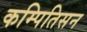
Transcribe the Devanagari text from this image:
कम्पितिसन